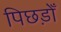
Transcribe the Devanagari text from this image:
पिछड़ोँ